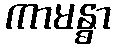
ကာမန္ဓာ